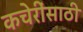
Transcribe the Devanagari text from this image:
कचेरींसाठी